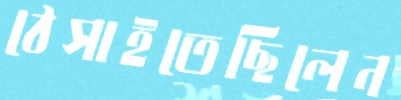
ঠেসাইতেছিলেন